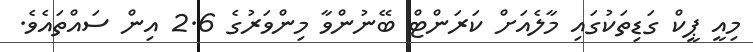
މިއީ ޕީކް ގަޑިތަކުގައި މާލެއަށް ކަރަންޓް ބޭނުންވާ މިންވަރުގެ 2.6 އިން ސައްތައެވެ.